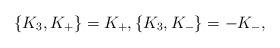
LaTeX: \begin{align*} \{K_3,K_{+}\}=K_{+},\{K_{3},K_{-}\}=-K_{-},\end{align*}